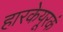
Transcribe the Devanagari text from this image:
हारकेयूरकं